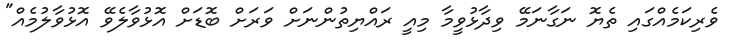
ވެރިކަމެއްގައި ތެޔޮ ނަގާނަމޭ ވިދާޅުވީމާ މިއީ ރައްޔިތުންނަށް ވަރަށް ބޮޑަށް އޮޅުވާލެވޭ އޮޅުވާލުމެއް"